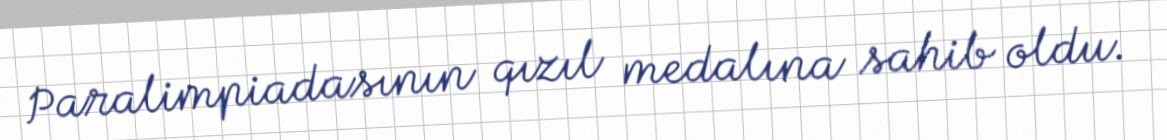
Paralimpiadasının qızıl medalına sahib oldu.